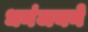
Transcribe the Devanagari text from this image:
धनंजयने